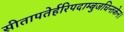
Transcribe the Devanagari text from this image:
सीतापतेर्हरिपदाम्बुजचिन्तकेन।